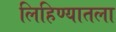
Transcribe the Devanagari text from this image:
लिहिण्यातला